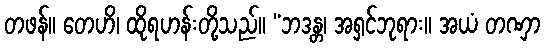
တဖန်။ တေဟိ၊ ထိုရဟန်းတို့သည်။ “ဘဒန္တ၊ အရှင်ဘုရား။ အယံ တဏှာ